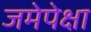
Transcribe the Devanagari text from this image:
जमेपेक्षा